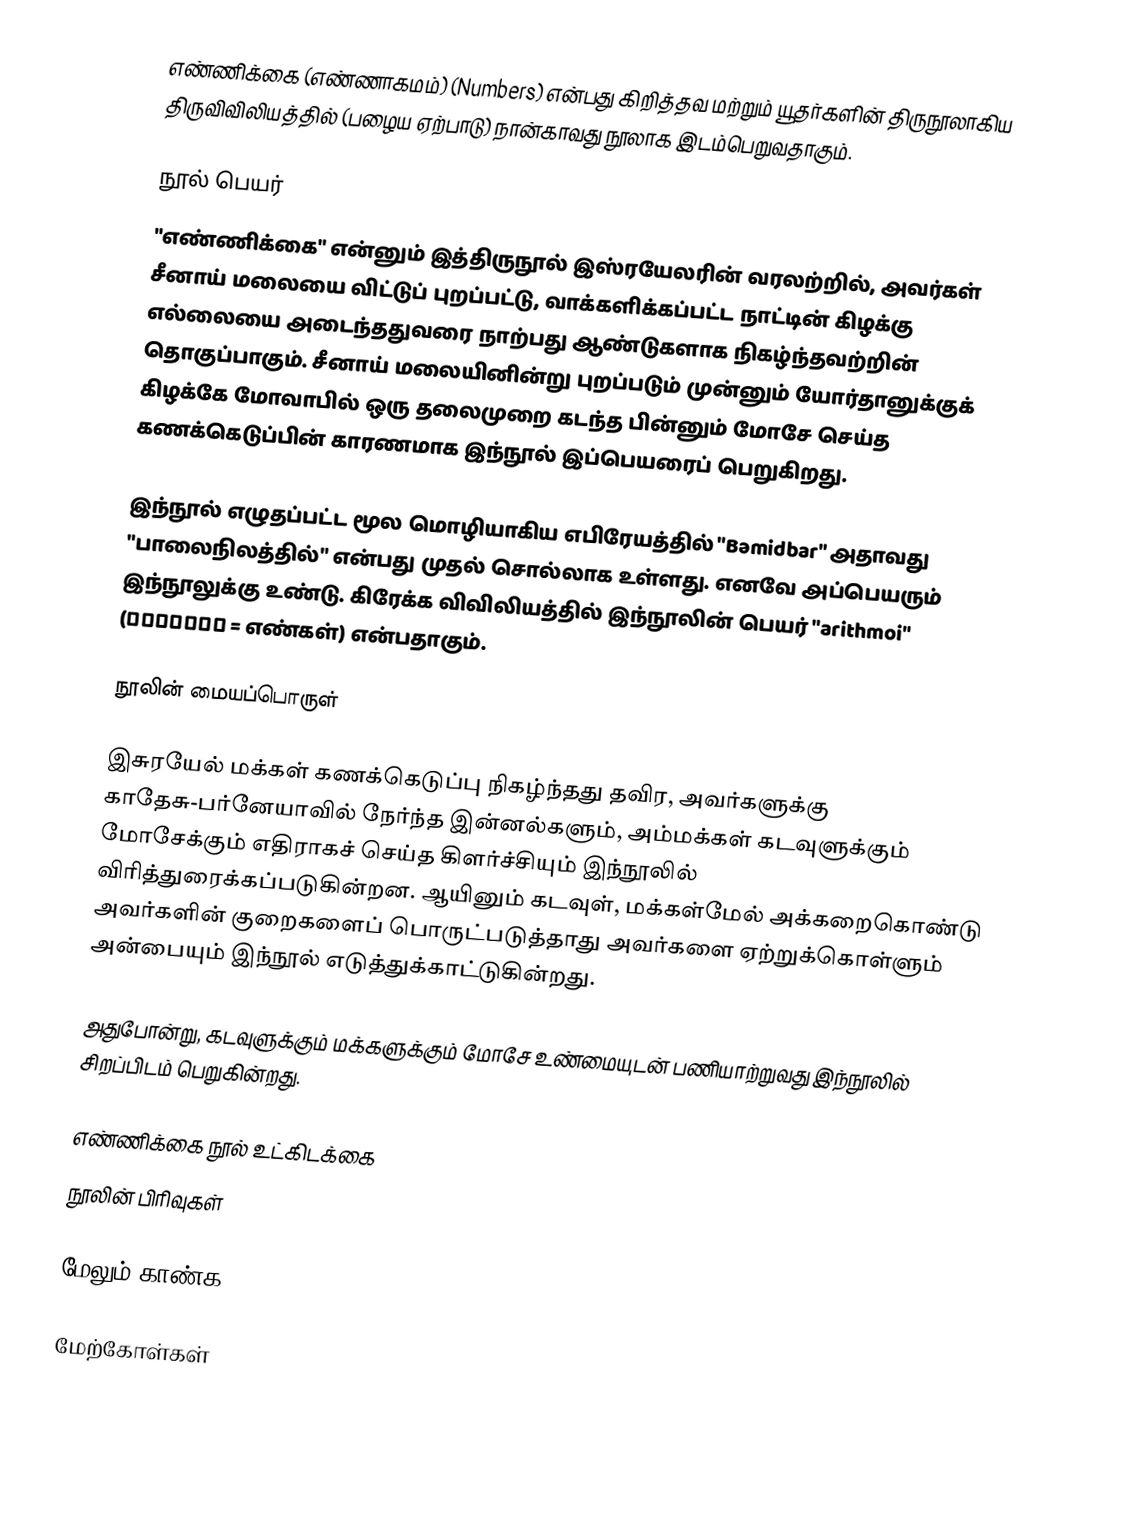
எண்ணிக்கை (எண்ணாகமம்) (Numbers) என்பது கிறித்தவ மற்றும் யூதர்களின் திருநூலாகிய திருவிவிலியத்தில் (பழைய ஏற்பாடு) நான்காவது நூலாக இடம்பெறுவதாகும்.

நூல் பெயர்
"எண்ணிக்கை" என்னும் இத்திருநூல் இஸ்ரயேலரின் வரலற்றில், அவர்கள் சீனாய் மலையை விட்டுப் புறப்பட்டு, வாக்களிக்கப்பட்ட நாட்டின் கிழக்கு எல்லையை அடைந்ததுவரை நாற்பது ஆண்டுகளாக நிகழ்ந்தவற்றின் தொகுப்பாகும். சீனாய் மலையினின்று புறப்படும் முன்னும் யோர்தானுக்குக் கிழக்கே மோவாபில் ஒரு தலைமுறை கடந்த பின்னும் மோசே செய்த கணக்கெடுப்பின் காரணமாக இந்நூல் இப்பெயரைப் பெறுகிறது.

இந்நூல் எழுதப்பட்ட மூல மொழியாகிய எபிரேயத்தில் "Bəmidbar" அதாவது "பாலைநிலத்தில்" என்பது முதல் சொல்லாக உள்ளது. எனவே அப்பெயரும் இந்நூலுக்கு உண்டு. கிரேக்க விவிலியத்தில் இந்நூலின் பெயர் "arithmoi" (Αριθμοί = எண்கள்) என்பதாகும்.

நூலின் மையப்பொருள்

இசுரயேல் மக்கள் கணக்கெடுப்பு நிகழ்ந்தது தவிர, அவர்களுக்கு காதேசு-பர்னேயாவில் நேர்ந்த இன்னல்களும், அம்மக்கள் கடவுளுக்கும் மோசேக்கும் எதிராகச் செய்த கிளர்ச்சியும் இந்நூலில் விரித்துரைக்கப்படுகின்றன. ஆயினும் கடவுள், மக்கள்மேல் அக்கறைகொண்டு அவர்களின் குறைகளைப் பொருட்படுத்தாது அவர்களை ஏற்றுக்கொள்ளும் அன்பையும் இந்நூல் எடுத்துக்காட்டுகின்றது.

அதுபோன்று, கடவுளுக்கும் மக்களுக்கும் மோசே உண்மையுடன் பணியாற்றுவது இந்நூலில் சிறப்பிடம் பெறுகின்றது.

எண்ணிக்கை நூல் உட்கிடக்கை
நூலின் பிரிவுகள்

மேலும் காண்க

மேற்கோள்கள்